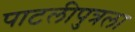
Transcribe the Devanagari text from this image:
पाटलीपुत्रला